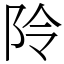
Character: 阾